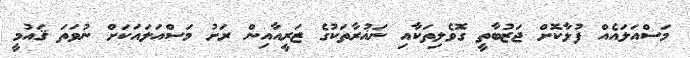
މަސްއަލައެއް ފުޅާކޮށް ޖަޒުބާތީ ގޮވެލިތަކާއި ނަޣުރާތަކުގެ ޒަރީއާއިން ރަށު މަސްއަލައަކަށް ނުވަތަ ޤައުމީ